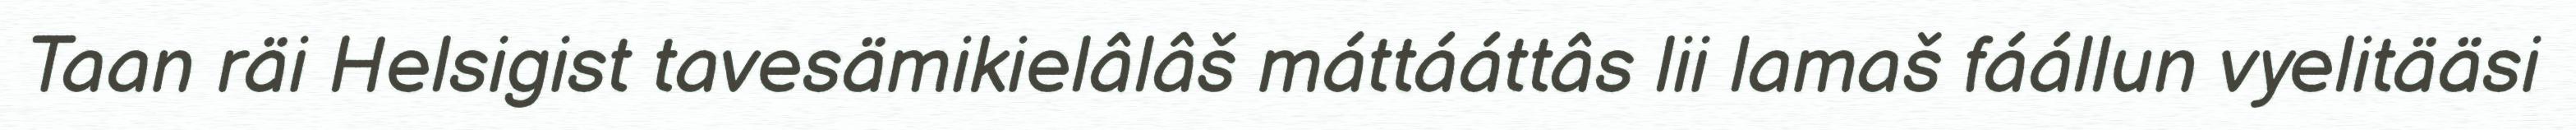
Taan räi Helsigist tavesämikielâlâš máttááttâs lii lamaš fáállun vyelitääsi